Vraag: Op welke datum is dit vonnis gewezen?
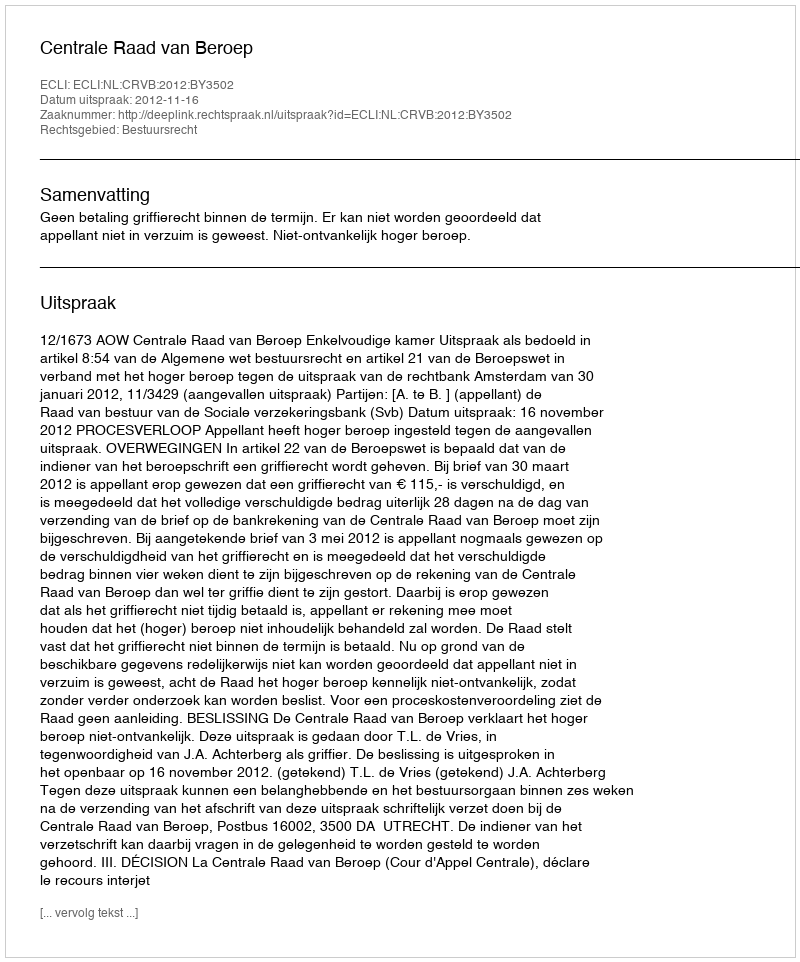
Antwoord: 2012-11-16